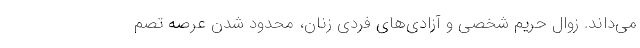
می‌داند. زوال حریم شخصی و آزادی‌های فردی زنان، محدود شدن عرصه تصم